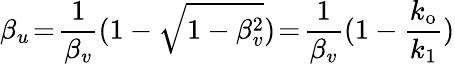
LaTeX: \beta_{u}\! =\! \frac{1}{\beta_{v}}(1-\sqrt{1-\beta_{v}^{2}})\! =\! \frac{1}{\beta_{v}}(1-\frac{k_{\mathrm{o}}}{k_{1}})